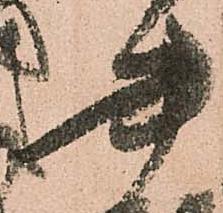
書